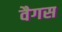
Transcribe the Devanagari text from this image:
वैगस